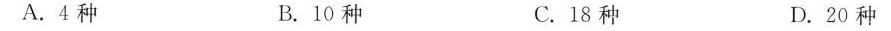
A. 4种 B. 10种 C. 18种 D. 20种